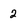
Character: 2